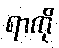
ရာကို